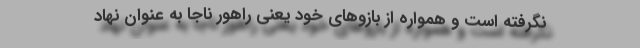
نگرفته است و همواره از بازوهای خود یعنی راهور ناجا به عنوان نهاد